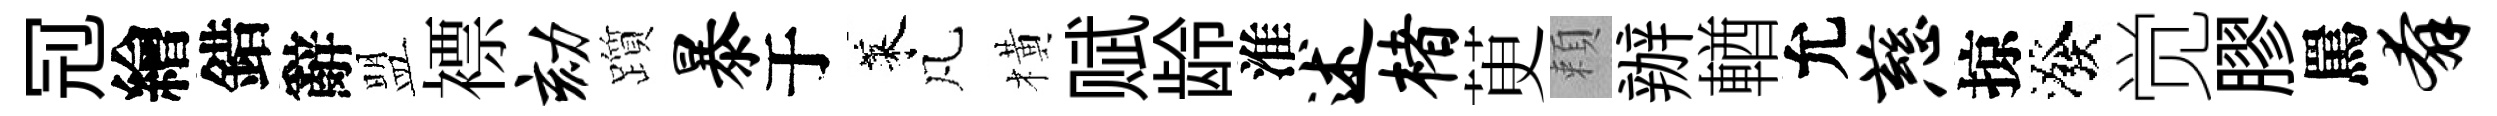
𠜍繪錯辭盟褾劾躓暴于萊凡橫赋龄淮述楮茰頼辦輶允慈掠潑觉膠罵奔